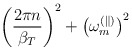
\begin{align*}\left(\frac{2\pi n}{\beta_T}\right)^2+\left(\omega_m^{(\parallel)}\right)^2\end{align*}